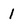
Character: 1